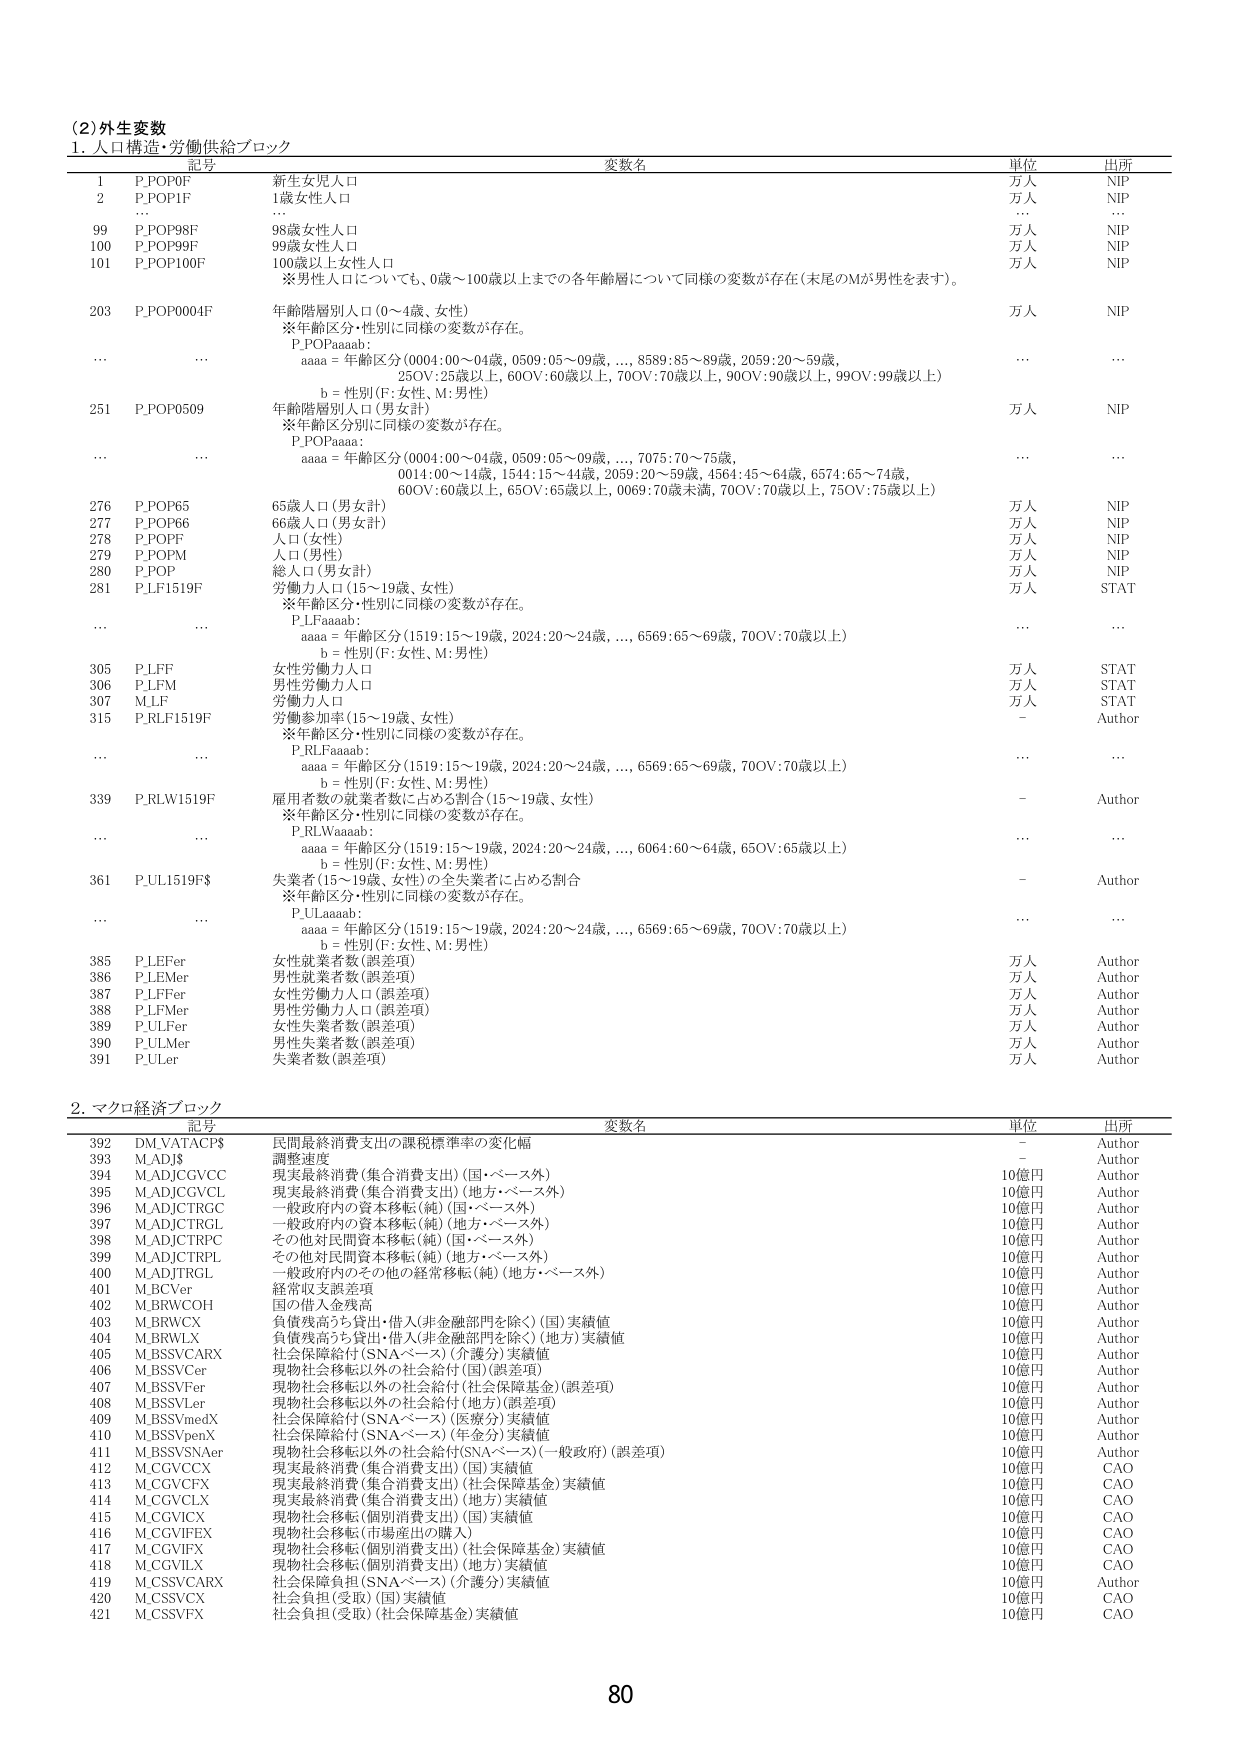
(2) 外生変数
1. 人口構造・労働供給ブロック

記号　変数名　単位　出所
1　P.POP0F　新生女児人口　万人　NIP
2　P.POP1F　1歳女性人口　万人　NIP
...　...　...　...　...
99　P.POP98F　98歳女性人口　万人　NIP
100　P.POP99F　99歳女性人口　万人　NIP
101　P.POP100F　100歳以上女性人口　万人　NIP
　※男性人口についても、0歳～100歳以上までの各年齢層について同様の変数が存在（末尾のMが男性を表す）。

203　P.POP0004F　年齢階層別人口（0～4歳、女性）　万人　NIP
　　※年齢区分・性別に同様の変数が存在。
　　P.POPaaaab:
　　aaaa = 年齢区分（0004:00～04歳, 0509:05～09歳,..., 8589:85～89歳, 2059:20～59歳,